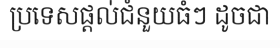
ប្រទេសផ្តល់ជំនួយធំៗ ដូចជា